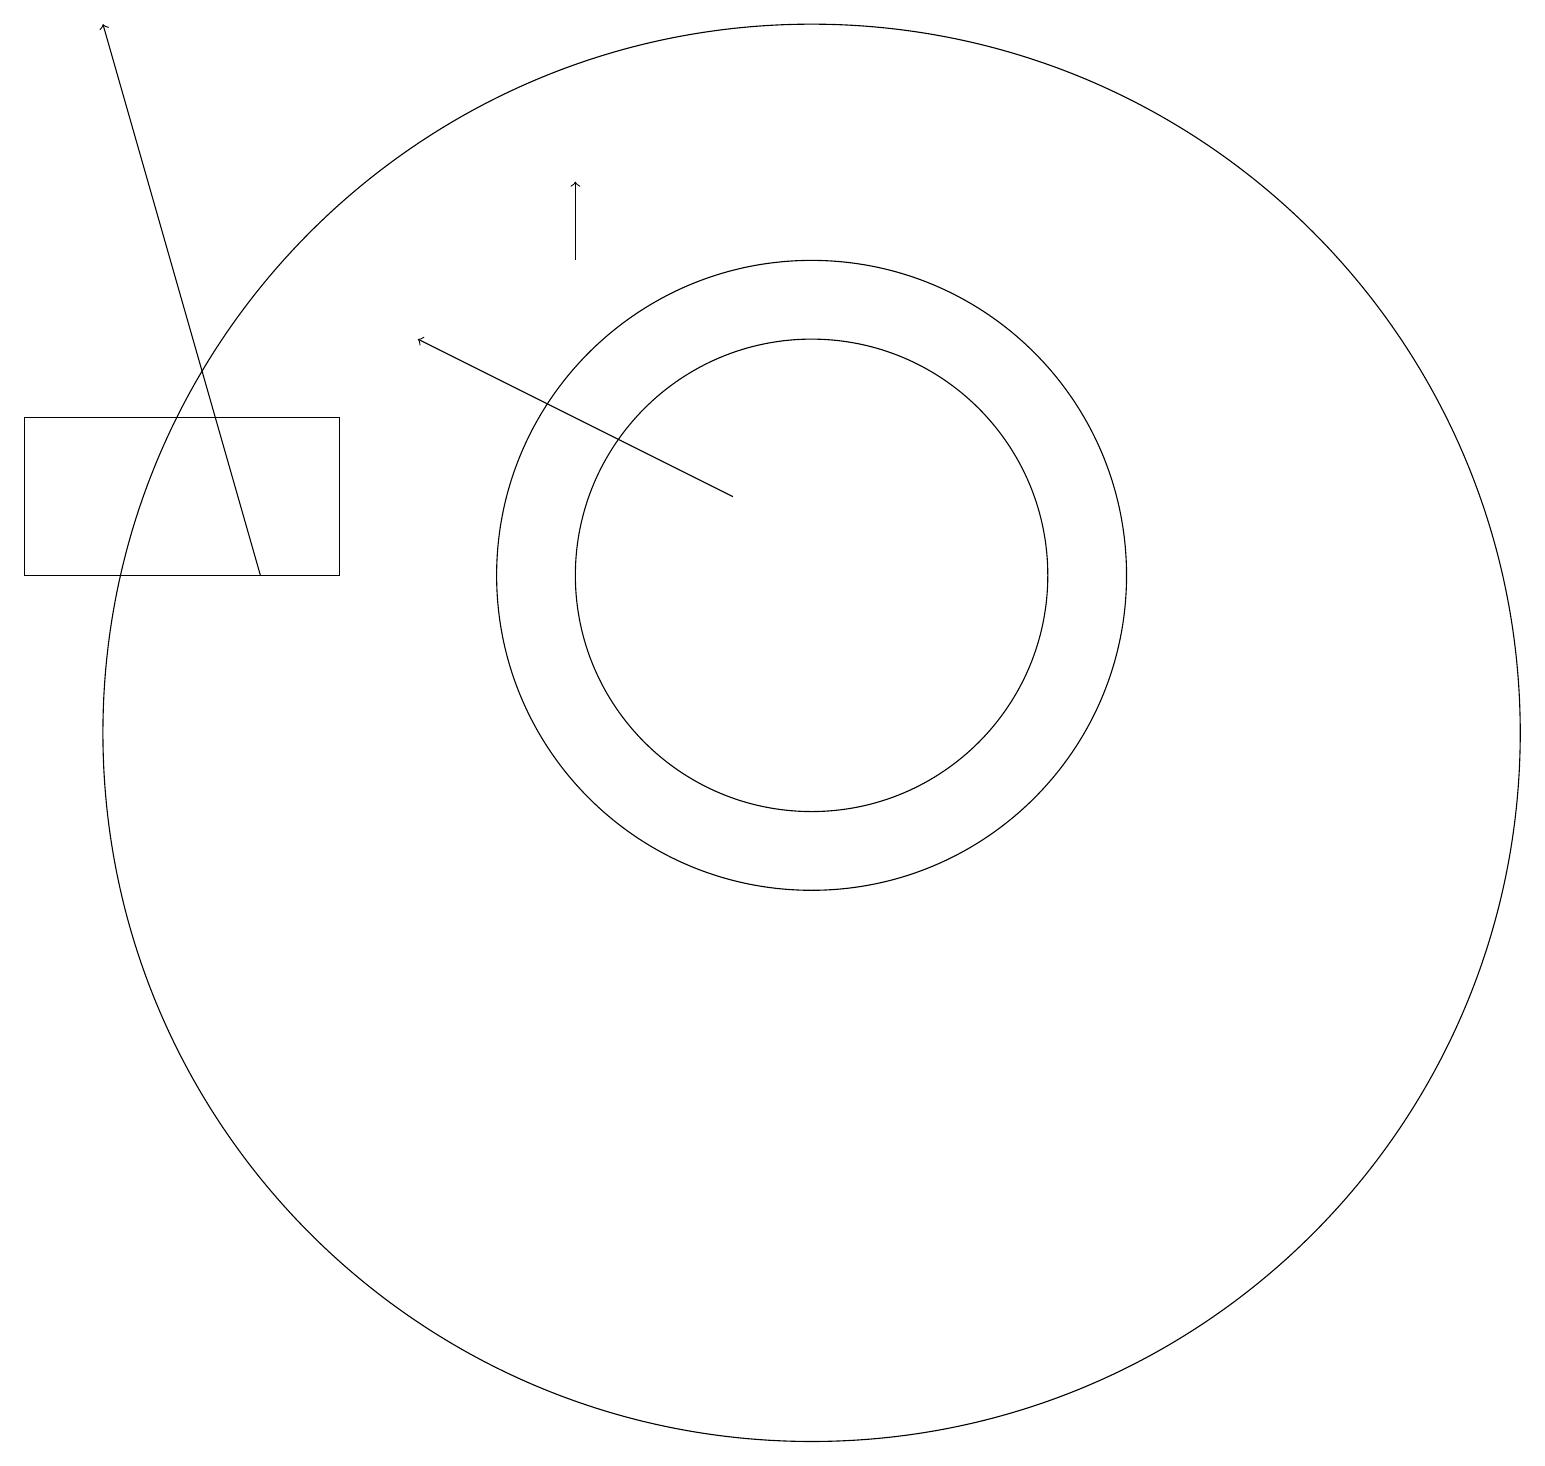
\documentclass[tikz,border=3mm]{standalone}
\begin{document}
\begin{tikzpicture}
\draw[->] (3,12) -- (1,19);
\draw (10,12) circle (3);
\draw (10,10) circle (9);
\draw[->] (9,13) -- (5,15);
\draw[->] (7,16) -- (7,17);
\draw (10,12) circle (4);
\draw (4,14) rectangle (0,12);
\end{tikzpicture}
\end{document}